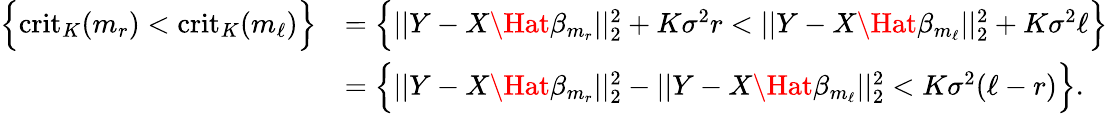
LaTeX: \begin{array}{rl}{\Big\{ \mathrm{crit}_{K}(m_{r})<\mathrm{crit}_{K}(m_{\ell})\Big\} }&{=\Big\{ ||Y-X\Hat{\beta}_{m_{r}}||_{2}^{2}+K\sigma^{2}r<||Y-X\Hat{\beta}_{m_{\ell}}||_{2}^{2}+K\sigma^{2}\ell\Big\} }\\ &{=\Big\{ ||Y-X\Hat{\beta}_{m_{r}}||_{2}^{2}-||Y-X\Hat{\beta}_{m_{\ell}}||_{2}^{2}<K\sigma^{2}(\ell-r)\Big\} .}\end{array}